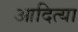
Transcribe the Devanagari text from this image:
आदित्या